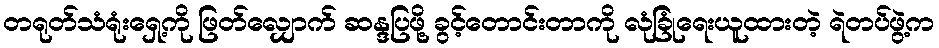
တရုတ်သံရုံးရှေ့ကို ဖြတ်လျှောက် ဆန္ဒပြဖို့ ခွင့်တောင်းတာကို လုံခြုံရေးယူထားတဲ့ ရဲတပ်ဖွဲ့က